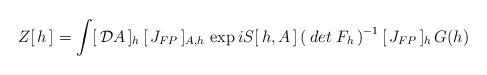
LaTeX: \begin{align*}Z[\,h\,]=\int [\,{\cal D}A\,]_h\,[\,J_{FP}\,]_{A,h}\, \exp iS[\,h,A\,] \left(\, det\; F_h \, \right)^{-1}[\,J_{FP}\,]_{h}\, G(h)\, \end{align*}